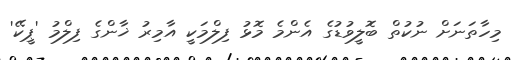
މިހާތަނަށް ނުކުތް ބޮލީވުޑުގެ އެންމެ މޮޅު ފިލްމަކީ އާމިރު ޚާންގެ ފިލްމު 'ޕީކޭ'